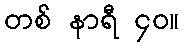
တစ် နာရီ ၄၀။